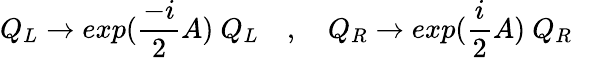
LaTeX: Q_{L}\rightarrow exp({\frac{-i}{2}}A)~Q_{L}~~~~,~~~~Q_{R}\rightarrow exp({\frac{i}{2}}A)~Q_{R}~~~~